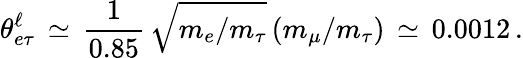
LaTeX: \theta_{e\tau}^{\ell}\, \simeq\, \frac{1}{0.85}\, \sqrt{m_{e}/m_{\tau}}\, (m_{\mu}/m_{\tau})\, \simeq\, 0.0012\, .